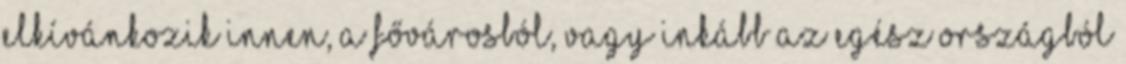
elkívánkozik innen, a fővárosból, vagy inkább az egész országból